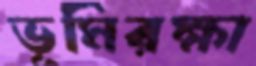
ভূমিরক্ষা